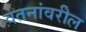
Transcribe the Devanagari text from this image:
वतनांवरील